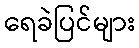
ရေခဲပြင်များ